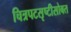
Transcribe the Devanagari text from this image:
चित्रपटसृष्टीसोबत